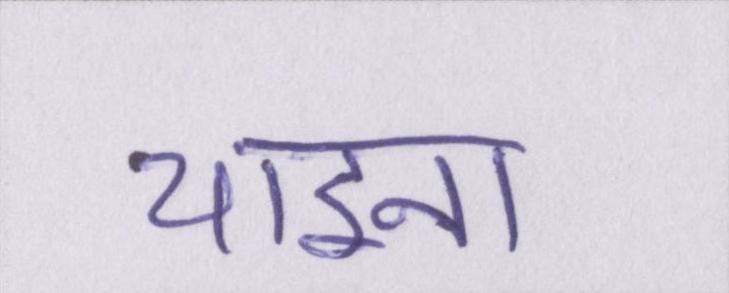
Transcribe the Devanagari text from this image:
चाइना